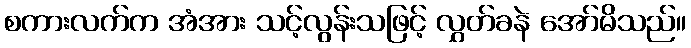
စကားလက်က အံအား သင့်လွန်းသဖြင့် လွှတ်ခနဲ အော်မိသည်။